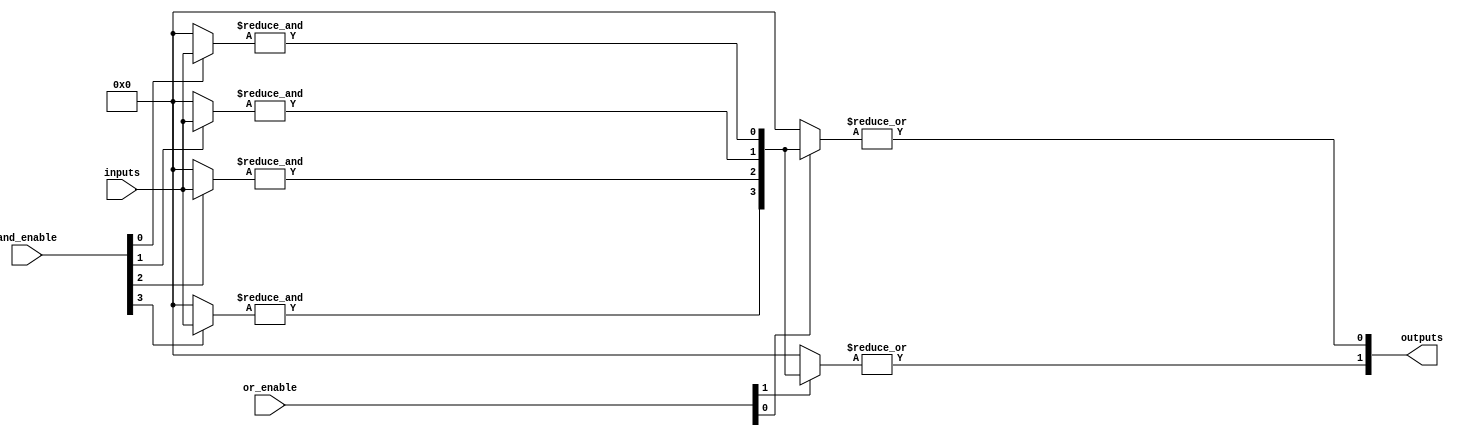
module PLA #(
    parameter NUM_INPUTS = 4,         // Number of input signals
    parameter NUM_OUTPUTS = 2,        // Number of output signals
    parameter MAX_PRODUCT_TERMS = 4   // Maximum number of product terms
)(
    input  wire [NUM_INPUTS-1:0] inputs,  // Input signals
    input  wire [MAX_PRODUCT_TERMS-1:0] and_enable, // Control signals for AND array
    input  wire [NUM_OUTPUTS-1:0] or_enable,        // Control signals for OR array
    output wire [NUM_OUTPUTS-1:0] outputs // Output signals
);

    // Internal wires for product terms
    wire [MAX_PRODUCT_TERMS-1:0] product_terms;

    // AND Array: Generate product terms
    genvar i, j;
    generate
        for (i = 0; i < MAX_PRODUCT_TERMS; i = i + 1) begin : and_array
            wire [NUM_INPUTS-1:0] and_inputs;
            assign and_inputs = (and_enable[i]) ? inputs : {NUM_INPUTS{1'b0}}; // Enable/disable inputs based on control signal
            
            // AND operation for each product term
            assign product_terms[i] = &and_inputs; // AND all inputs for this product term
        end
    endgenerate

    // OR Array: Combine product terms to generate outputs
    generate
        for (j = 0; j < NUM_OUTPUTS; j = j + 1) begin : or_array
            wire [MAX_PRODUCT_TERMS-1:0] or_inputs;
            assign or_inputs = (or_enable[j]) ? product_terms : {MAX_PRODUCT_TERMS{1'b0}}; // Enable/disable product terms based on control signal
            
            // OR operation for each output
            assign outputs[j] = |or_inputs; // OR all enabled product terms for this output
        end
    endgenerate

endmodule